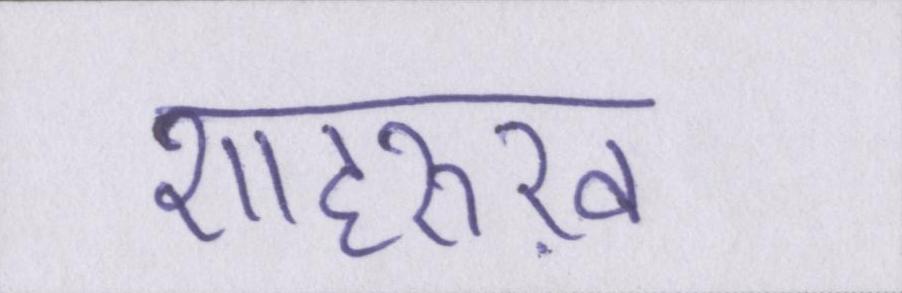
शाहरुख़